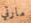
مارتي